Annual report of lunatic asylums [Bombay] - 1912-1922
Year: 1912
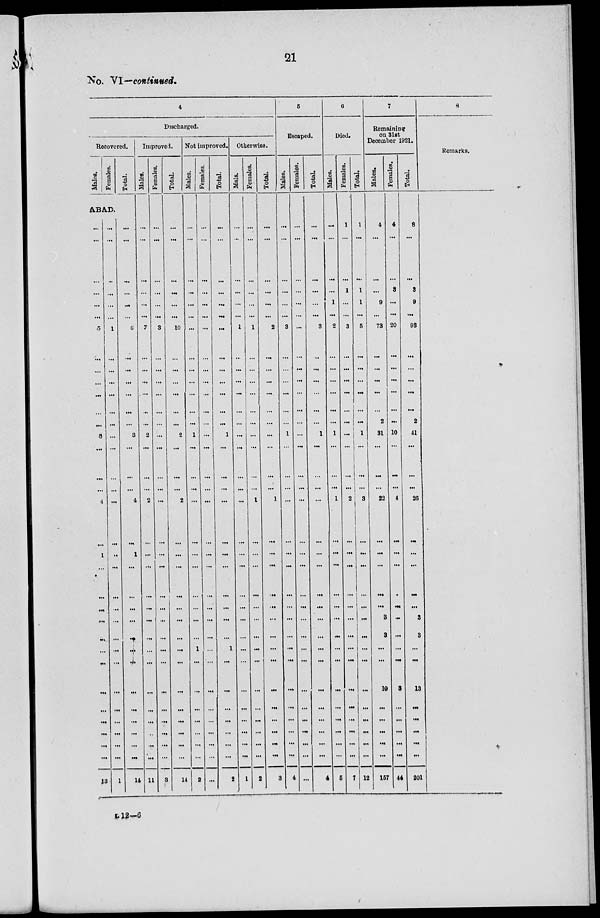
21
No. VI—continued.
4
Discharged.
Recovered.
Males.
Females.
Total.
ABAD.
...
...
...
...
...
...
5
...
...
...
...
...
...
3
...
....
...
4
...
1
...
...
...
...
...
...
...
...
...
...
...
...
...
13
...
...
...
...
...
...
1
...
...
...
...
...
...
...
...
...
...
...
...
...
...
...
...
...
...
...
...
...
...
...
...
...
...
1
...
...
...
...
...
...
6
...
...
...
...
...
...
3
...
...
...
4
...
1
...
...
...
...
...
...
...
...
...
...
...
...
...
14
Improved.
Males.
...
...
...
...
...
...
7
...
...
...
...
...
...
2
...
...
...
2
...
...
...
...
...
...
...
...
...
...
...
...
...
...
...
11
Females.
...
...
...
...
...
...
3
...
...
...
...
...
...
...
...
...
...
...
...
...
...
...
...
...
...
...
...
...
...
...
...
...
...
3
Total.
...
...
...
...
...
...
10
...
...
...
...
...
...
2
...
...
...
2
...
...
...
...
...
...
...
...
...
...
...
...
...
...
...
14
Not improved.
Males.
...
...
...
...
...
...
...
...
...
...
...
...
...
1
...
...
...
...
...
...
...
...
...
...
...
1
...
...
...
...
...
...
...
2
Females.
...
...
...
...
...
...
...
...
...
...
...
...
...
...
...
...
...
...
...
...
...
...
...
...
...
...
...
...
...
...
...
...
...
...
Total.
...
...
...
...
...
...
...
...
...
...
...
...
...
1
...
...
...
...
...
...
...
...
...
...
...
1
...
...
...
...
...
...
...
2
Otherwise.
Males.
...
...
...
...
...
...
1
...
...
...
...
...
...
...
...
...
...
...
...
...
...
...
...
...
...
...
...
...
...
...
...
...
...
1
Females.
...
...
...
...
...
...
1
...
...
...
...
...
...
...
...
...
...
1
...
...
...
...
...
...
...
...
...
...
...
...
...
...
...
2
Total.
...
...
...
...
...
...
2
...
...
...
...
...
...
...
...
...
...
1
...
...
...
...
...
...
...
...
...
...
...
...
...
...
...
3
5
Escaped.
Males.
...
...
...
...
...
...
3
...
...
...
...
...
...
1
...
...
...
...
...
...
...
...
...
...
...
...
...
...
...
...
...
...
...
4
Females.
...
...
...
...
...
...
...
...
...
...
...
...
...
...
...
...
...
...
...
...
...
...
...
...
...
...
...
...
...
...
...
...
...
...
Total.
...
...
...
...
...
...
3
...
...
...
...
...
...
1
...
...
...
...
...
...
...
...
...
...
...
...
...
...
...
...
...
...
...
4
6
Died.
Males.
...
...
...
...
1
...
2
...
...
...
...
...
...
1
...
...
...
1
...
...
...
...
...
...
...
...
...
...
...
...
...
...
...
5
Females.
1
...
...
1
...
...
3
...
...
...
...
...
...
...
...
...
...
2
...
...
...
...
...
...
...
...
...
...
...
...
...
...
...
7
Total.
1
...
...
1
1
...
5
...
...
...
...
...
...
1
...
...
...
3
...
...
...
...
...
...
...
...
...
...
...
...
...
...
...
12
7
Remaining
on 31st
December 1921.
Males.
4
...
...
...
9
...
73
...
...
...
...
...
2
31
...
...
...
22
...
...
...
...
...
3
3
...
...
10
...
...
...
...
...
157
Females.
4
...
...
3
...
...
20
...
...
...
...
...
...
10
...
...
...
4
...
...
...
...
...
...
...
...
...
3
...
...
...
...
...
44
Total.
8
...
...
3
9
...
93
...
...
...
...
...
2
41
...
...
...
26
...
...
...
...
...
3
3
...
...
13
...
...
...
...
...
201
8
Remarks.
L12—6